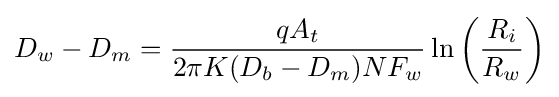
D_{w}-D_{m}={\frac {qA_{t}}{2\pi K(D_{b}-D_{m})NF_{w}}}\ln \left({\frac {R_{i}}{R_{w}}}\right)